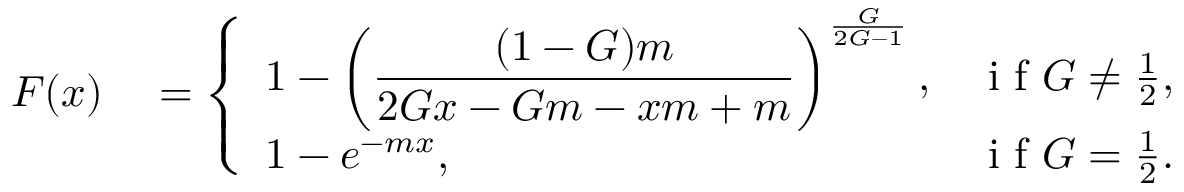
\begin{array} { r l } { F ( x ) } & { { } = \left\{ \begin{array} { l l } { \displaystyle 1 - \left( \frac { ( 1 - G ) m } { 2 G x - G m - x m + m } \right) ^ { \frac { G } { 2 G - 1 } } , } & { \mathrm { ~ i ~ f ~ } G \neq \frac { 1 } { 2 } , } \\ { \displaystyle 1 - e ^ { - m x } , } & { \mathrm { ~ i ~ f ~ } G = \frac { 1 } { 2 } . } \end{array} \right. } \end{array}